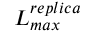
L _ { m a x } ^ { r e p l i c a }